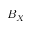
B _ { X }